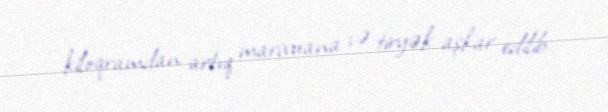
kiloqramdan artıq marixuana və tiryək aşkar edilib.